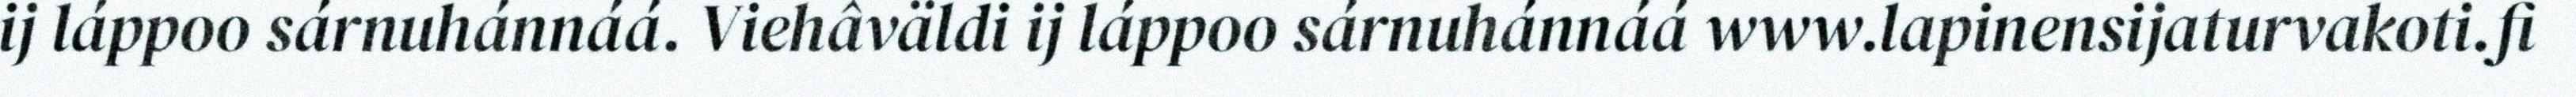
ij láppoo sárnuhánnáá. Viehâväldi ij láppoo sárnuhánnáá www.lapinensijaturvakoti.fi